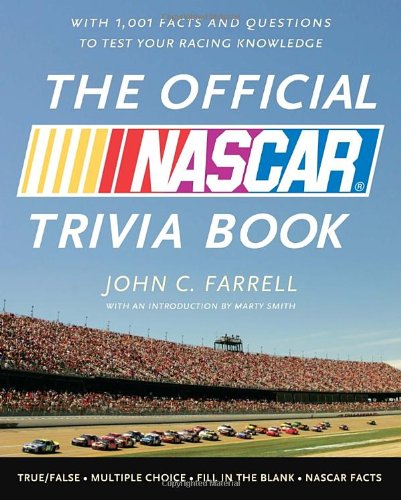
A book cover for The Official NASCAR Trivia Book: With 1001 Facts and Questions to Test Your Racing Knowledge; John C. Farrell; Humor & Entertainment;